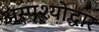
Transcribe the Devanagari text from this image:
अस्पृश्योद्धार